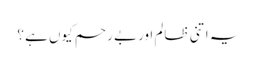
یہ اتنی ظالم اور بے رحم کیوں ہے ؟